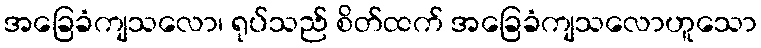
အခြေခံကျသလော၊ ရုပ်သည် စိတ်ထက် အခြေခံကျသလောဟူသော